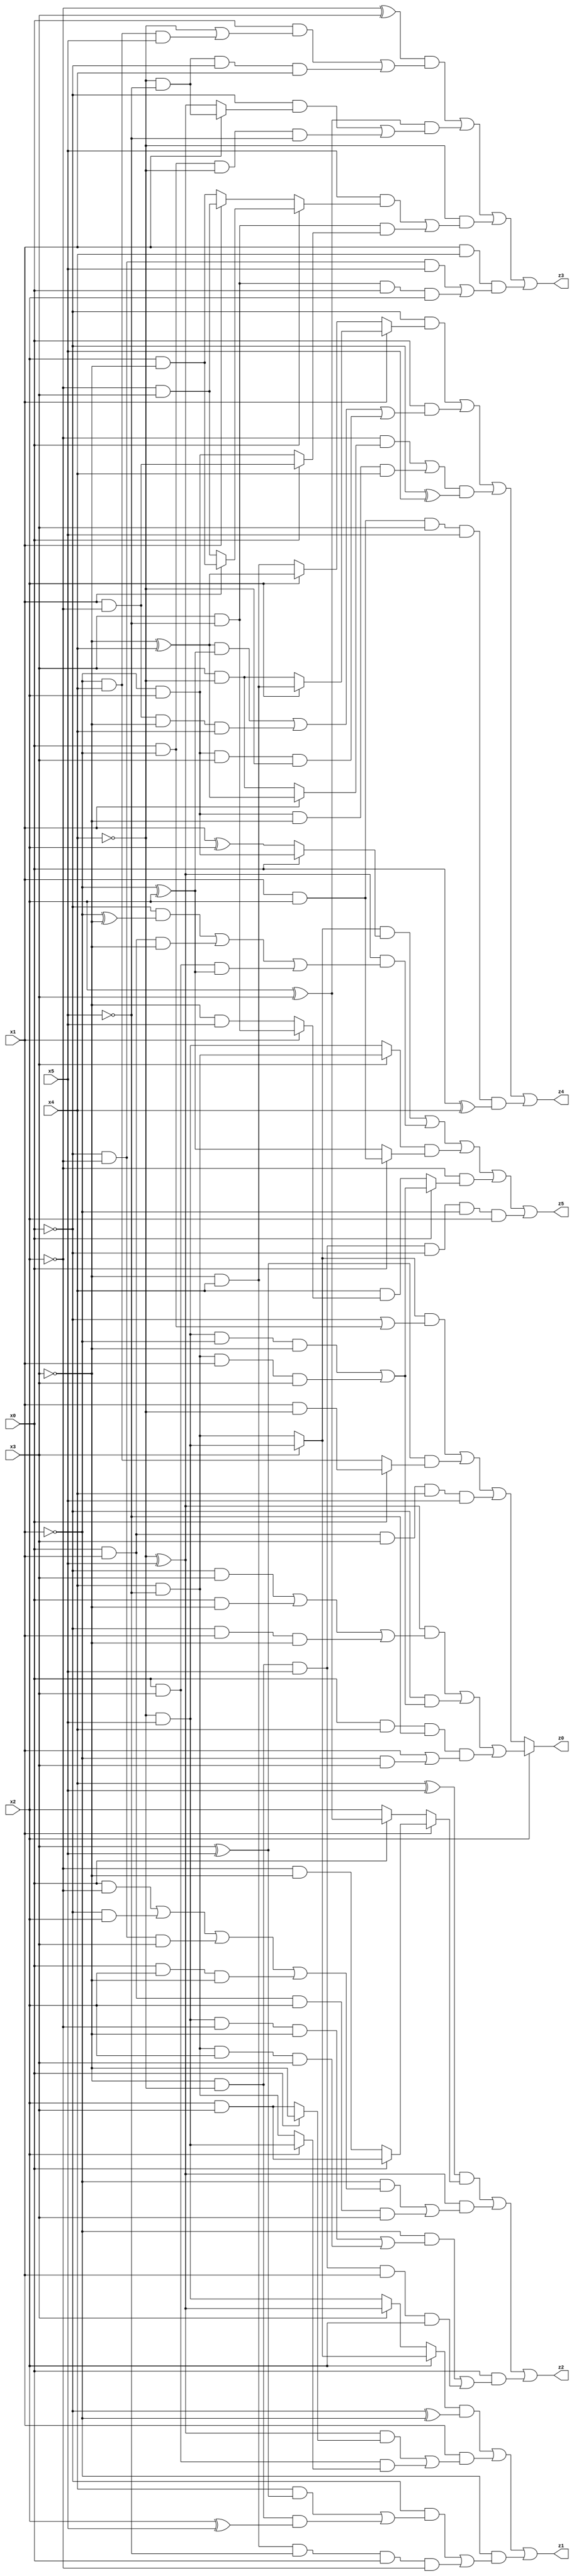
// Benchmark "X_72" written by ABC on Wed Jun 07 23:42:45 2023

module X_72 ( 
    x0, x1, x2, x3, x4, x5,
    z0, z1, z2, z3, z4, z5  );
  input  x0, x1, x2, x3, x4, x5;
  output z0, z1, z2, z3, z4, z5;
  assign z0 = x2 ? (((~x4 ^ x5) & ((~x0 & x3) | (x0 & ~x3) | (~x0 & x1 & ~x3))) | (~x0 & ((~x4 & x5 & ~x1 & ~x3) | (x4 & ~x5 & x1 & x3))) | (x0 & x4 & ~x5 & (x1 | (~x1 & x3)))) : (((x3 ? (~x4 & x5) : (x4 & ~x5)) & (~x0 | (x0 & ~x1))) | ((x3 ^ x5) & (x0 ? (x1 & ~x4) : (~x1 & x4))) | (x0 & x1 & x3 & x4 & x5));
  assign z1 = ((x2 ? (x3 ? (~x4 & x5) : (x4 & ~x5)) : (x3 ? (~x4 ^ x5) : (~x4 & x5))) & (~x0 ^ ~x1)) | (x1 & (((~x4 ^ x5) & (x0 ? ~x3 : (x2 & x3))) | (x0 & x3 & (x2 ? (~x4 & x5) : (x4 & ~x5))))) | (~x1 & ((~x0 & ((x4 & (x3 ^ x5)) | (~x3 & ~x4 & (x2 ^ x5)))) | (~x3 & x4 & ~x5 & x0 & ~x2)));
  assign z2 = ((x4 ^ x5) & (x1 ? (x0 ? (x2 & x3) : (~x2 & ~x3)) : (x0 ? (x2 ^ x3) : x2))) | ((~x4 ^ x5) & ((~x1 & ((x0 & ~x2) | (~x0 & x2) | (~x0 & ~x2 & x3) | (x0 & x2 & ~x3))) | (x0 & x1 & x2 & x3))) | (x0 & ((~x1 & ((~x4 & x5 & ~x2 & ~x3) | (x4 & ~x5 & x2 & x3))) | (~x3 & ~x4 & x5 & x1 & x2)));
  assign z3 = ((~x2 ^ x3) & ((x0 & (~x4 | (~x1 & x4 & x5))) | (~x4 & ~x5 & ~x0 & x1))) | ((x2 ^ x3) & ((~x0 & (x1 ? (~x4 & ~x5) : (~x4 ^ x5))) | (x0 & ~x1 & ~x4 & ~x5))) | (~x4 & ((x5 & (x0 ? (x1 ? (x2 & ~x3) : (~x2 & x3)) : (x1 ? (~x2 & x3) : (x2 & ~x3)))) | (x3 & ~x5 & (x0 ? (x1 & ~x2) : (~x1 & x2))))) | (x1 & x4 & ((~x0 & ~x2 & x5) | (x3 & ~x5 & x0 & x2)));
  assign z4 = (~x0 & (x1 ? (x2 ? (~x3 & x4) : (x3 & ~x4)) : (x2 ? (~x3 ^ x4) : (~x3 & x4)))) | (x0 & (((~x3 ^ x4) & (~x1 ^ x2)) | (x1 & ~x2 & ~x3 & x4) | (~x1 & x2 & x3 & ~x4))) | (((~x2 & (x1 ? (~x3 ^ x4) : (x3 & ~x4))) | (~x1 & x2 & ~x3 & x4)) & (~x0 ^ x5)) | (x1 & x2 & x3 & x5 & (x0 ^ x4));
  assign z5 = ((x3 ? (~x4 & x5) : (x4 & ~x5)) & (x0 ? (~x1 & x2) : (x1 ^ x2))) | ((~x4 ^ x5) & ((~x0 & (~x1 ^ ~x3)) | (x0 & x1 & ~x3) | (x0 & x3 & (~x1 ^ x2)))) | ((x3 ? (x4 & ~x5) : (~x4 & x5)) & (x0 ? (x1 & x2) : (~x1 ^ x2))) | (~x2 & (x0 ? ((~x4 & x5 & ~x1 & ~x3) | (x4 & ~x5 & x1 & x3)) : (x4 & (x1 ? (x3 & ~x5) : (~x3 & x5))))) | (~x3 & ~x4 & x5 & ~x0 & ~x1 & x2);
endmodule